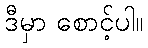
ဒီမှာ စောင့်ပါ။